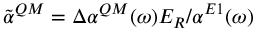
\tilde { \alpha } ^ { Q M } = \Delta \alpha ^ { Q M } ( \omega ) E _ { R } / \alpha ^ { E 1 } ( \omega )